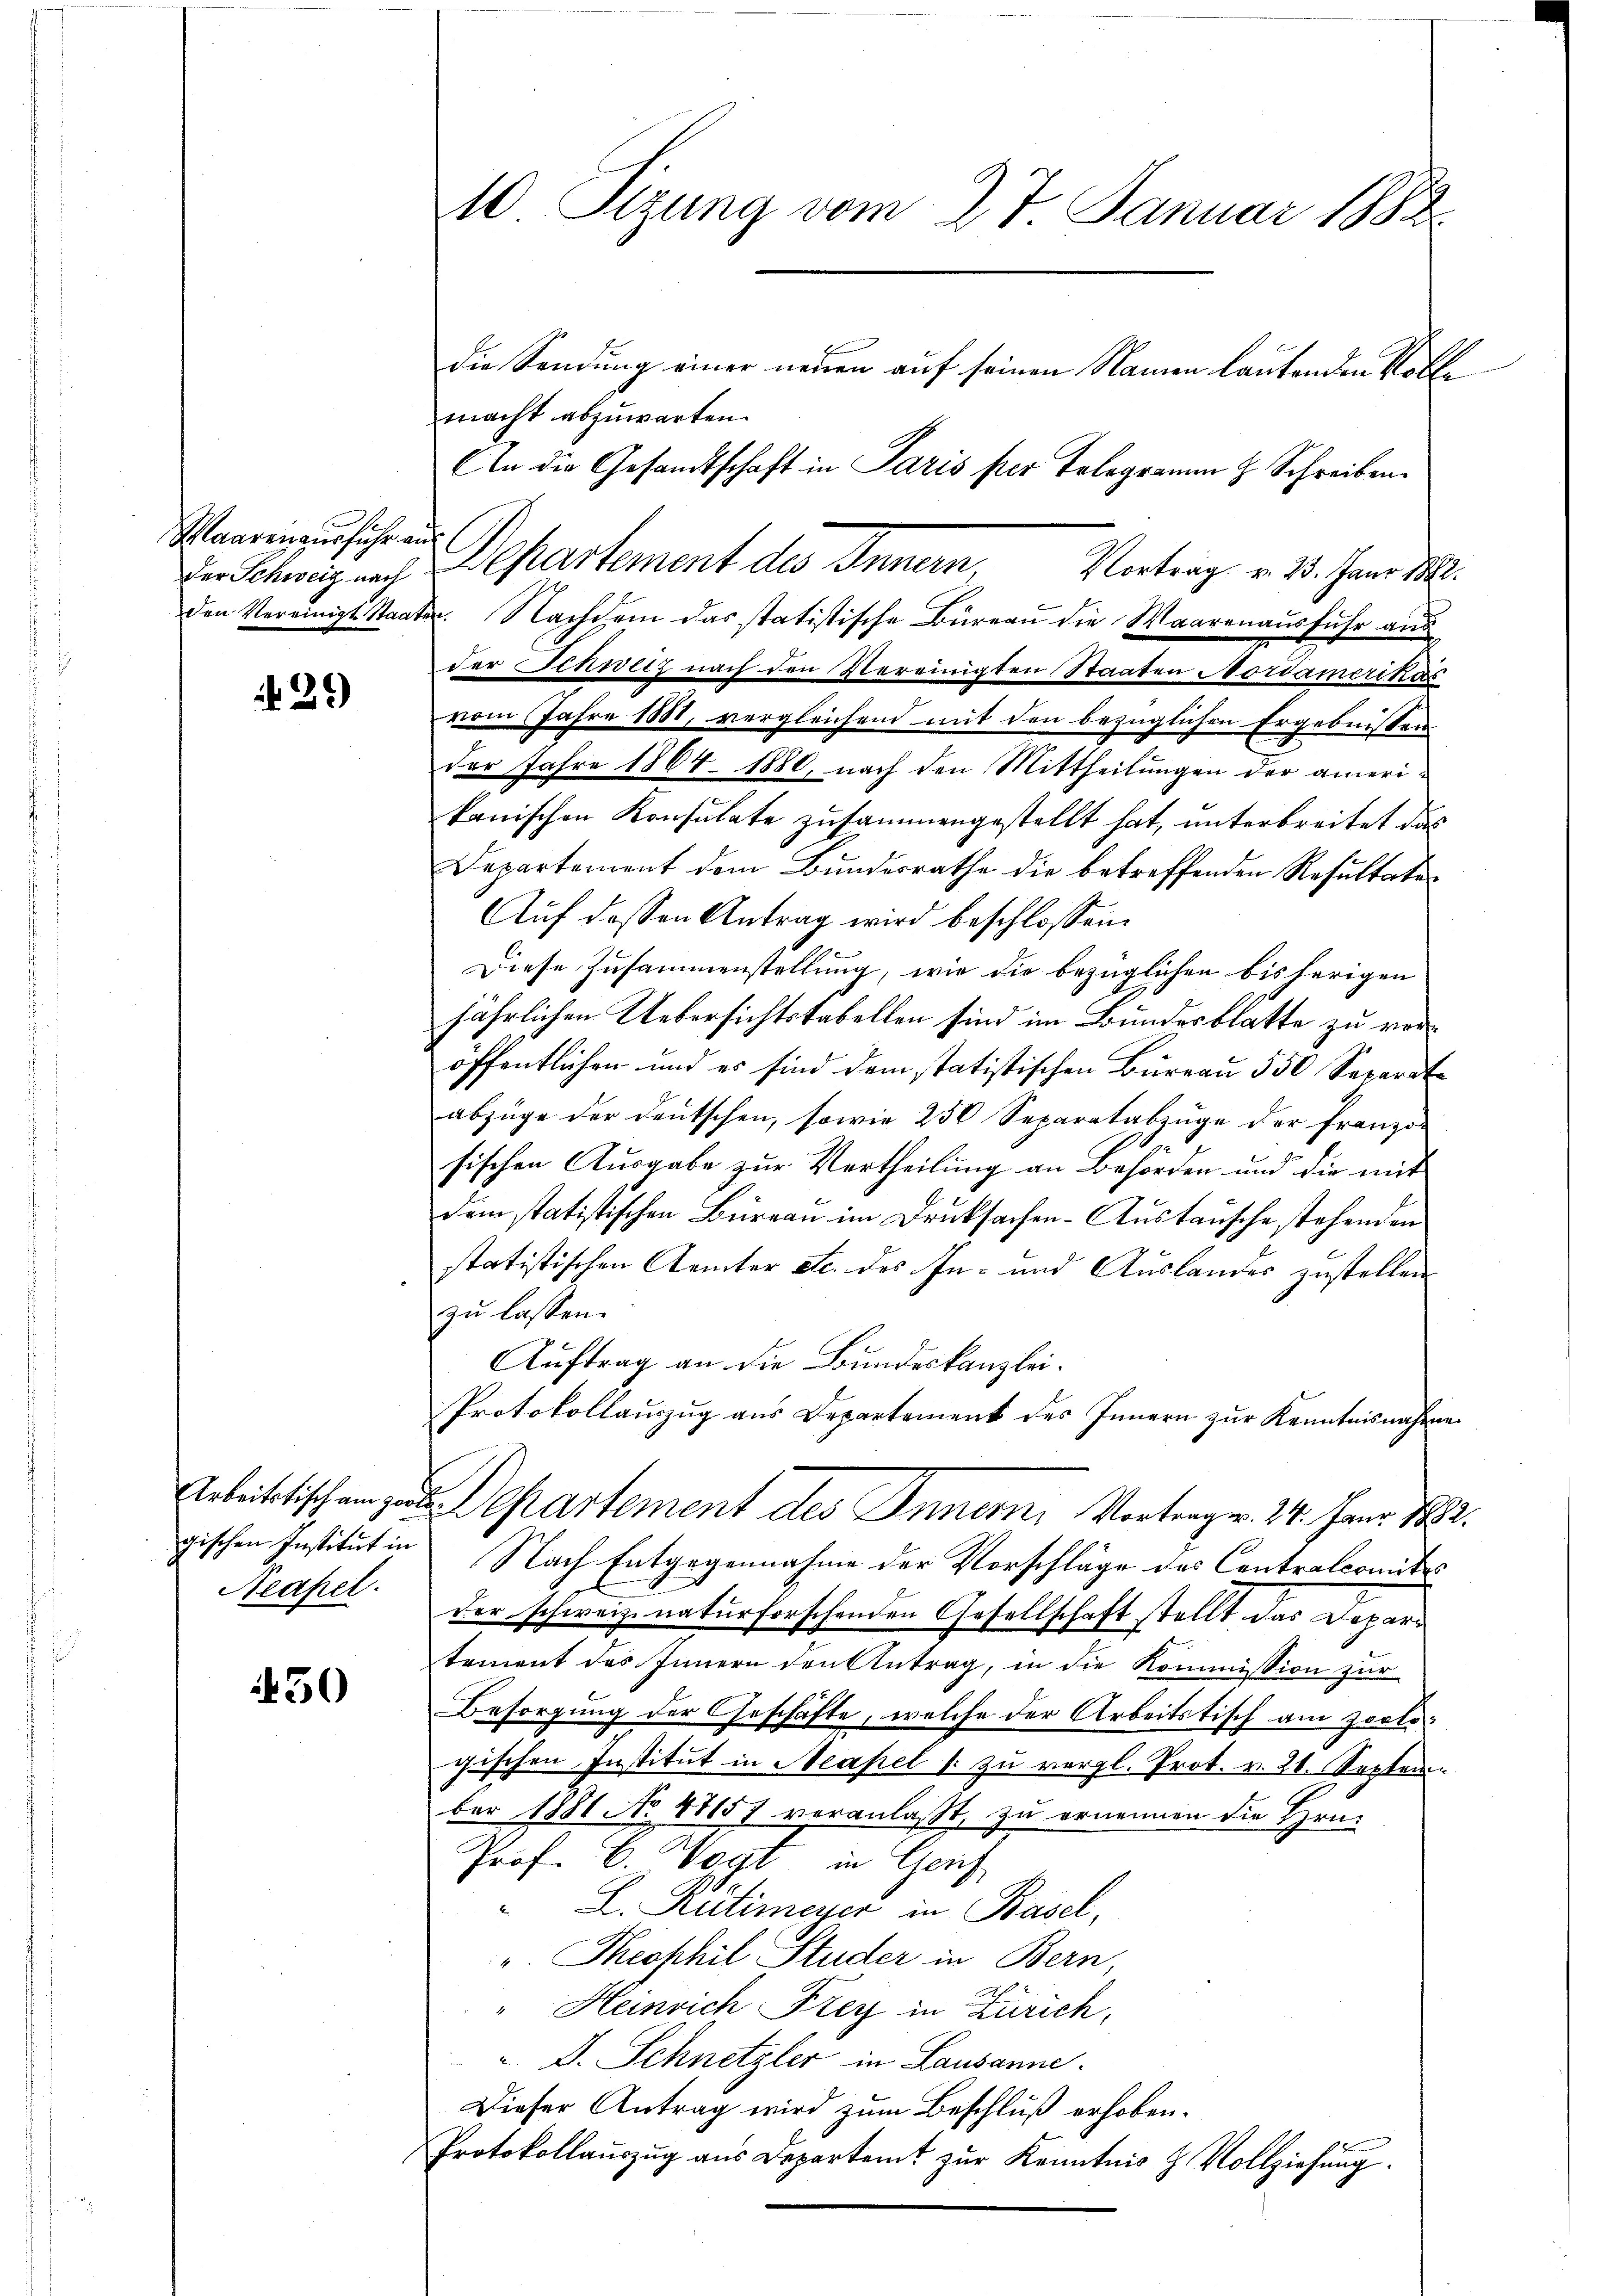
Maarenausführ ein

29)

gischen Institut in
Neapel.

50

10 Sizung vom 27. Januar 1882
die Sendung einer neuen auf seinen Namen lautenden Vollmacht abzuwarten.

An die Gesandtschaft in Paris per Telegramm z. Schreiben.
der Schweiz und Departement des Innern, Vortrag v. 23. Jann M.
den Vereinigt Staater. Nachdem das statistische Bureau die Waarenausfuhr aus
der Schweiz nach den Vereinigten Staaten Nordamerikas
vom Jahre 1881, vergleichend mit den bezüglichen Ergebnissen
der Jahre 1864. 1880, nach den Mittheilungen der amerikanischen Konsulate zusammengestellt hat, unterbreitet das
Departement dem Bundesrathe die betreffenden Resultate¬
Auf dessen Antrag wird beschlossen:
Diese Zusammenstellung, wie die bezüglichen bisherigen
jährlichen Uebersichtstabellen sind im Bundesblatte zu veröffentlichen und es sind dem statistischen Bureau 550 Separate
abzüge der deutschen, sowie 250 Separatabzüge der Franzos
2
sischen Ausgabe zur Vertheilung an Beforden und die mit
dem statistischen Büreau im Drucksachen-Austausche stehenden
statistischen Aemter etc. des In- und Auslandes zustellen
zu lassen.
Auftrag an die Bundeskanzlei.
Protokollauszug aus Departement des Innern zur Kenntnisnahme
Arbeittischen zur Departement des Innern, Vortragen. 24. Janr. N
Nach Entgegennahme der Vorschläge des Contralcomites
der schweiz. naturforschenden Gesellschaft stellt das Departement des Innern den Antrag, in die Kommission zur
Besorgung der Geschäfte, welche der Arbeitstisch am Zoologischen Institut in Neapel s. zŭ vergl. Prot. v. 21. Septem
ber 1881 No 47157 veranlaßt, zu ornennen die Hrn.
Prof. C. Vogt in Genf
" L. Rütimeyer in Basel,
". Theophil Studer in Bern,
" Heinrich Frey in Zürich,
". D. Schnetzler in Lausanne.
Dieser Antrag wird zum Beschluß erhoben.
Protokollauszug aus Departamt zur Kenntnis & Vollziehung.